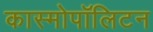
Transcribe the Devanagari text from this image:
कास्मोपॉलिटन